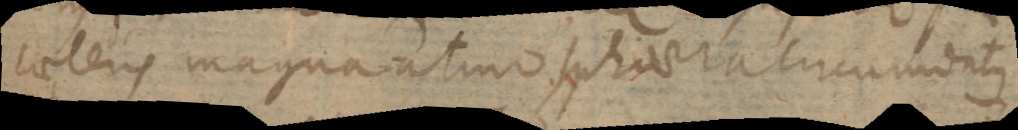
caeteris magna atmosphaera circumdatus